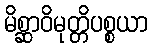
မိစ္ဆာဝိမုတ္တိပစ္စယာ